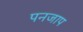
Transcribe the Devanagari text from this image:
पनजाप